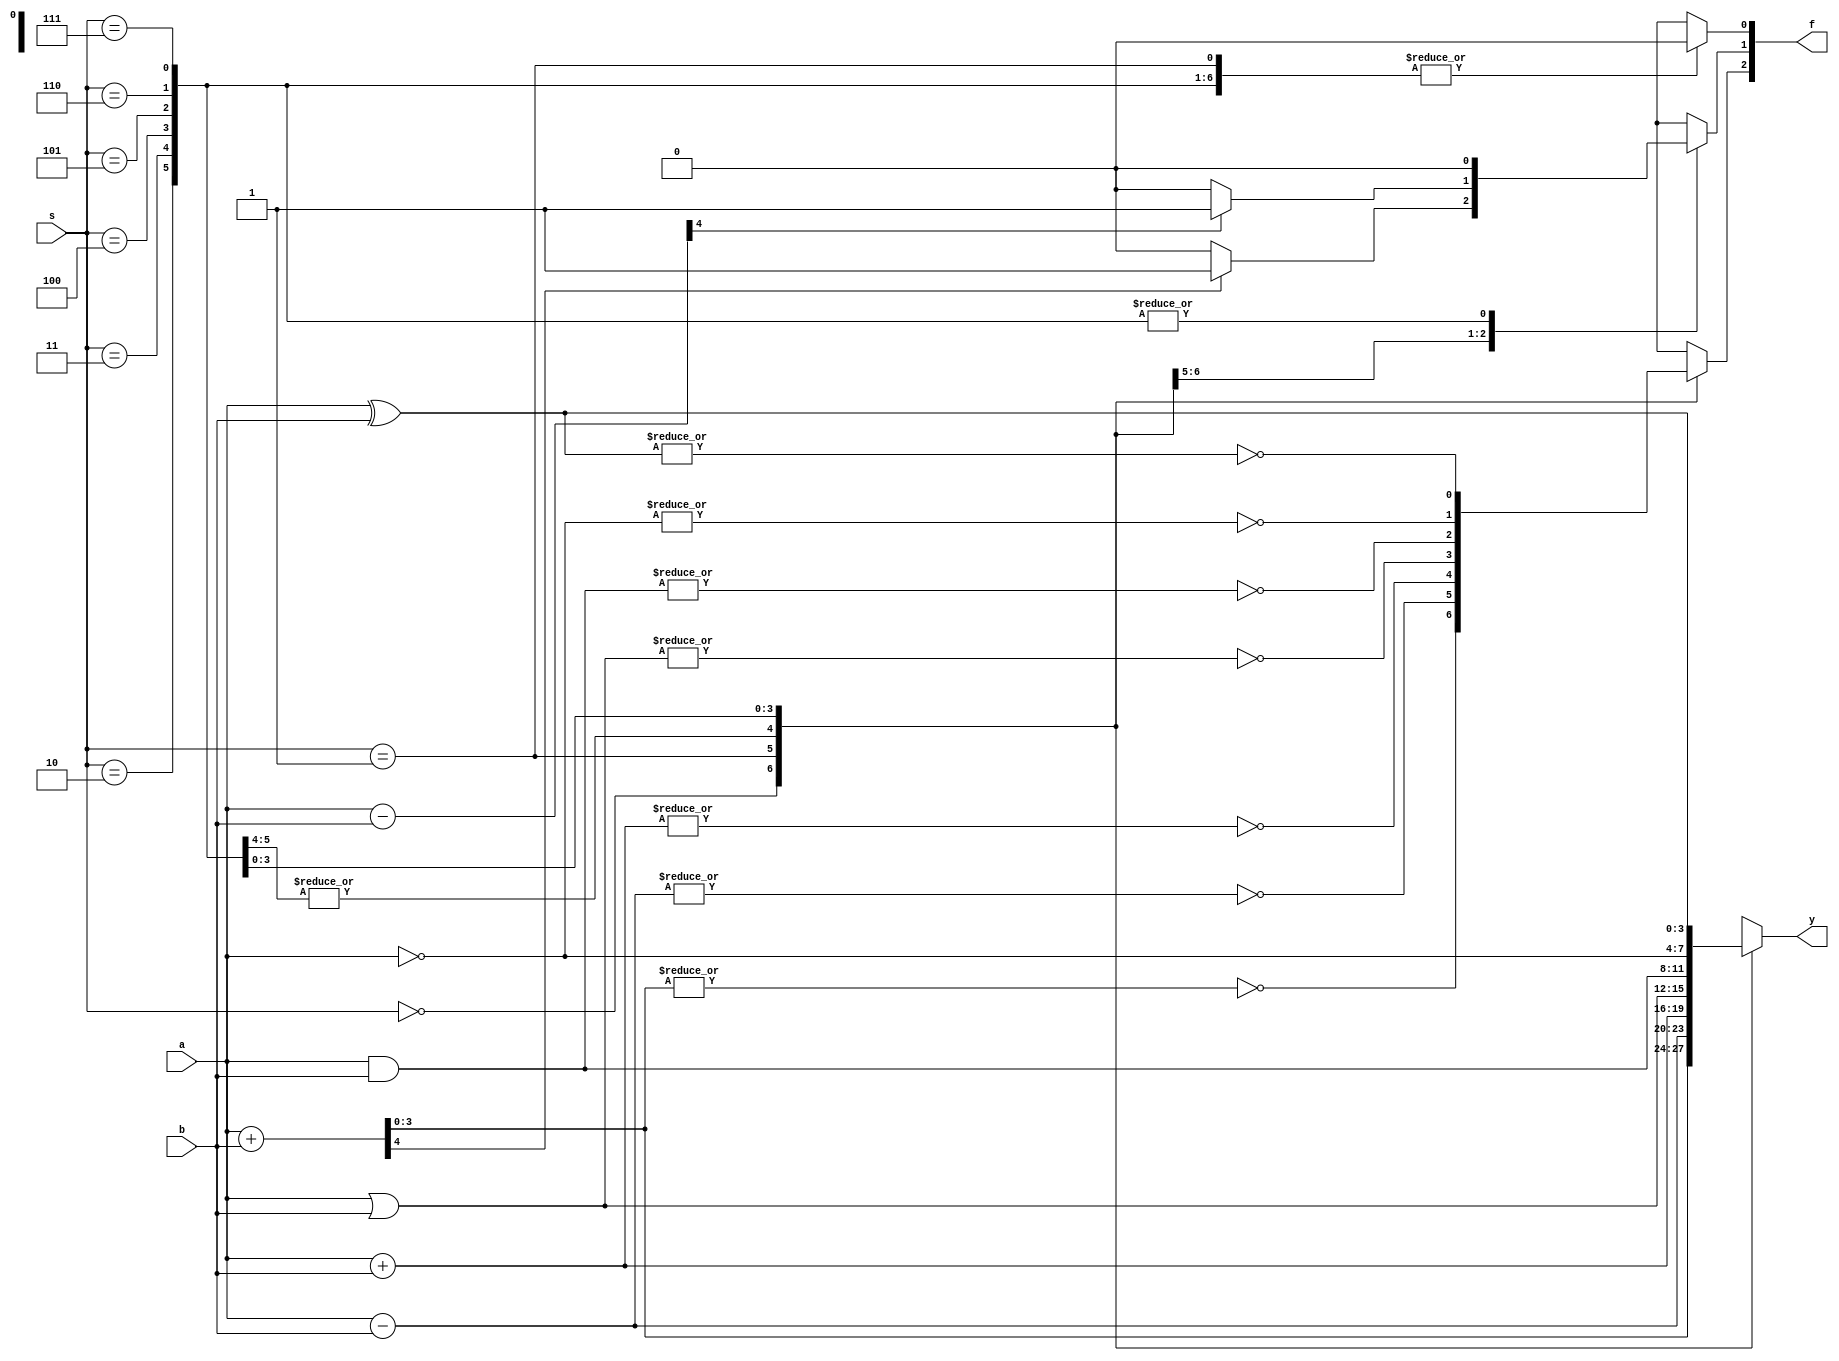
`timescale 1ns / 1ps
//////////////////////////////////////////////////////////////////////////////////
// Company: 
// Engineer: 
// 
// Design Name: 
// Module Name: alu
// Project Name: 
// Target Devices: 
// Tool Versions: 
// Description: 
// 
// Dependencies: 
// 
// Revision:
// Revision 0.01 - File Created
// Additional Comments:
// 
//////////////////////////////////////////////////////////////////////////////////


module alu(
    input [3:0]a,
    input [3:0]b,
    input [2:0]s,
    output reg [2:0]f,
    output reg [3:0]y
    );
    reg t;
    reg t1;
    reg t2;
    reg [3:0]ta;
    reg [3:0]tb;
    always @(*)
    begin
    case(s)
        3'b000://if(s == 3'b000)//unsigned +
        begin
        f[0]=0;
        f[1]=0; 
        {t,y}=a+b;
        if(t==1) f[1]=1;
        f[2]=~|y;
        end
        3'b001://else if(s == 3'b001)//unsigned -
        begin
        f[0]=0;
        f[1]=0;
        {t,y}=a-b;
        if(t==1) f[1]=1;
        y=a-b;
        f[2]=~|y;
        end
        3'b010://else if(s == 3'b010)//  signed +
        begin
        ta=a;
        tb=b;
        if(a[5]==1) ta=~a+6'b100000+1;
        if(b[5]==1) tb=~b+6'b100000+1;
        f[0]=0;
        f[1]=0;
        t1=ta[5]&tb[5];
        t2=ta[4]&tb[4];
        if(t1^t2)           f[0]=1;
        y=a+b;
        f[2]=~|y;
        end
        3'b011://else if(s == 3'b011)// signed -
        begin
        ta=a;
        tb=b;
        if(ta[5]==1) ta=~ta+6'b100000+1;
        tb[5]=~tb[5];
        if(tb[5]==1) tb=~tb+6'b100000+1;
        f[0]=0;
        f[1]=0;
        t1=ta[5]&tb[5];
        t2=ta[4]&tb[4];
        if(t1^t2)           f[0]=1;
        y=a+b;
        f[2]=~|y;
        end
        3'b100://else if(s == 3'b100)// |
        begin
        f[0]=0;
        f[1]=0;
        y=a|b;
        f[2]=~|y;
        end
        3'b101://else if(s == 3'b101)// &
        begin
        f[0]=0;
        f[1]=0;
        y=a&b;
        f[2]=~|y;
        end
        3'b110://else if(s == 3'b110)// ~
        begin
        f[0]=0;
        f[1]=0;
        y=~a;
        f[2]=~|y;
        end
        3'b111://else //if(s == 3'b111)// xor
        begin
        f[0]=0;
        f[1]=0;
        y=a^b;
        f[2]=~|y;
        end
    endcase
    end  
    
endmodule